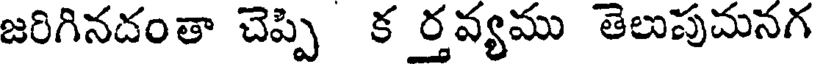
జరిగినదంతా చెప్పి క ర్తవ్యము తెలుపుచునగ